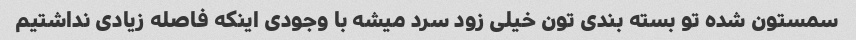
سمستون شده تو بسته بندی تون خیلی زود سرد میشه با وجودی اینکه فاصله زیادی نداشتیم